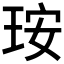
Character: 𤥃